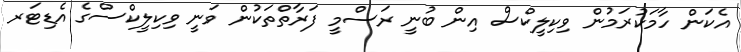
އެކަން ހާމަކުރަމުން ވިކިލީކްސް އިން ބުނީ ރަސްމީ ފަރާތްތަކުން ވަނީ ވިކިލީކްސްގެ އެޑިޓަރ